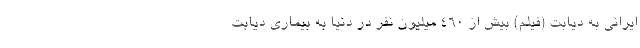
ایرانی به دیابت (فیلم) بیش از 460 میلیون نفر در دنیا به بیماری دیابت